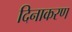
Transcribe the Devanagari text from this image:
दिनाकरण